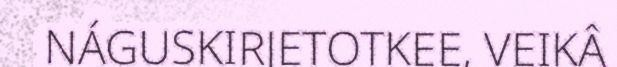
NÁGUSKIRJETOTKEE, VEIKÂ